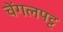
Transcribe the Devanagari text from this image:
चेंगलपट्ट